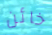
خائن